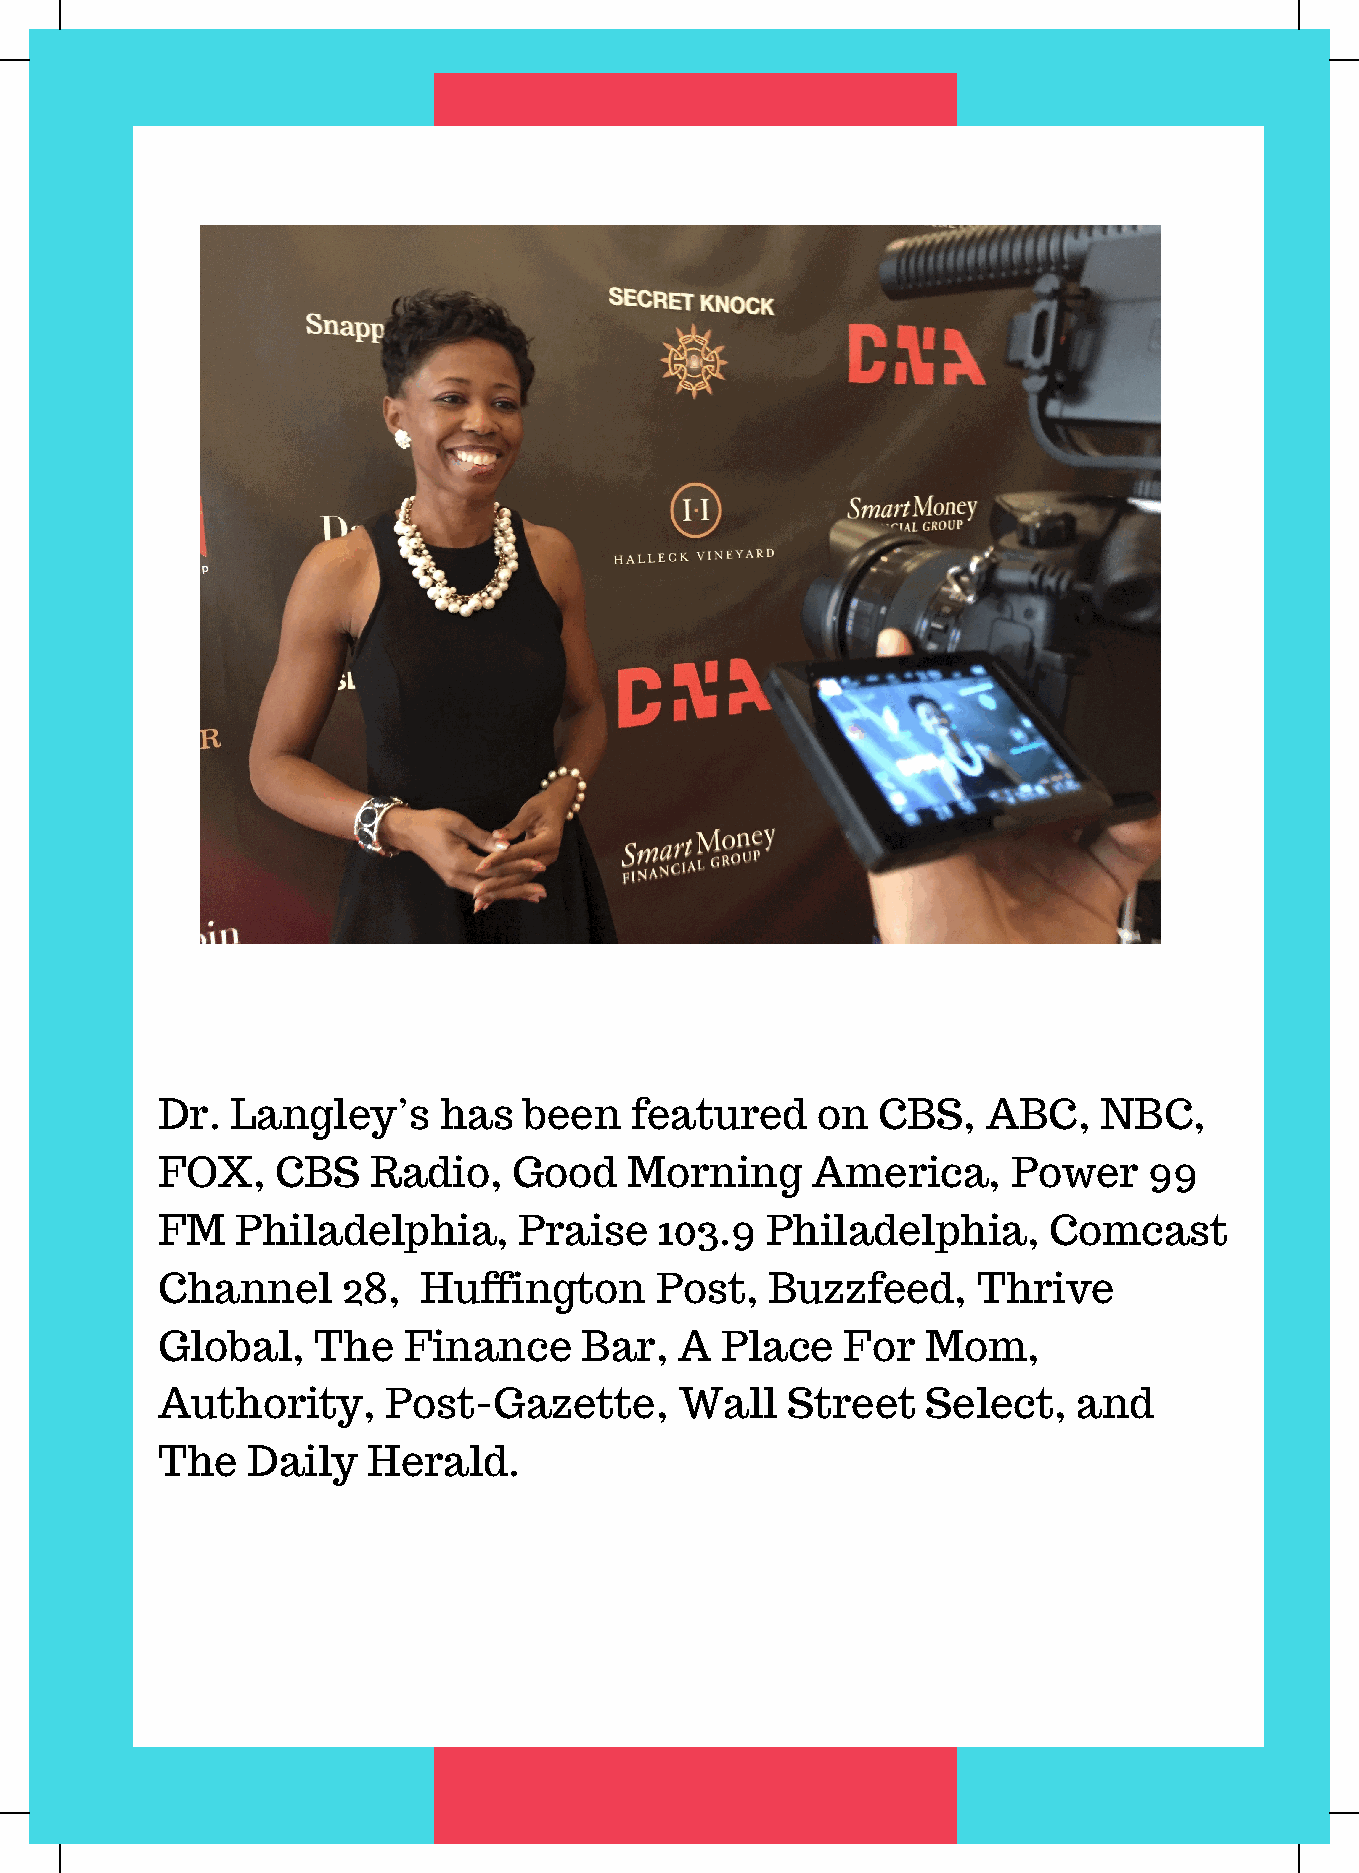
Dr.  Langley’s     has   been   featured    on  CBS,   ABC,    NBC,
 FOX,    CBS   Radio,    Good   Morning      America,     Power    99
 FM    Philadelphia,     Praise    103.9  Philadelphia,     Comcast
 Channel      28,  Huffington     Post,   Buzzfeed,     Thrive
 Global,    The   Finance    Bar,   A  Place   For  Mom,
 Authority,     Post-Gazette,       Wall   Street   Select,   and
 The   Daily   Herald.